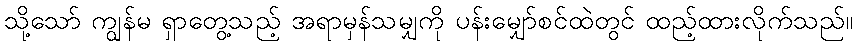
သို့သော် ကျွန်မ ရှာတွေ့သည့် အရာမှန်သမျှကို ပန်းမျှော်စင်ထဲတွင် ထည့်ထားလိုက်သည်။